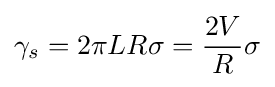
\gamma _{s}=2\pi LR\sigma ={\frac {2V}{R}}\sigma